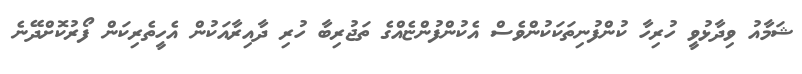
ޝަމާއު ވިދާޅުވީ ހުރިހާ ކުންފުނިތަކަކުންވެސް އެކުންފުންޏެއްގެ ތަޖުރިބާ ހުރި ދާއިރާއަކުން އެހީތެރިކަން ފޯރުކޮށްދޭނެ